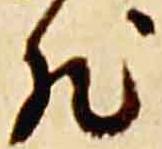
然